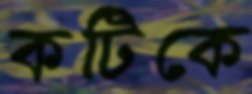
কটিকে